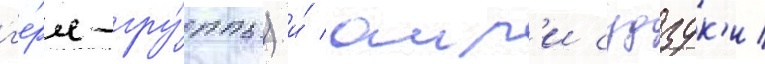
г'е́рл-гру́ппы) и́ аир'и судзук'и